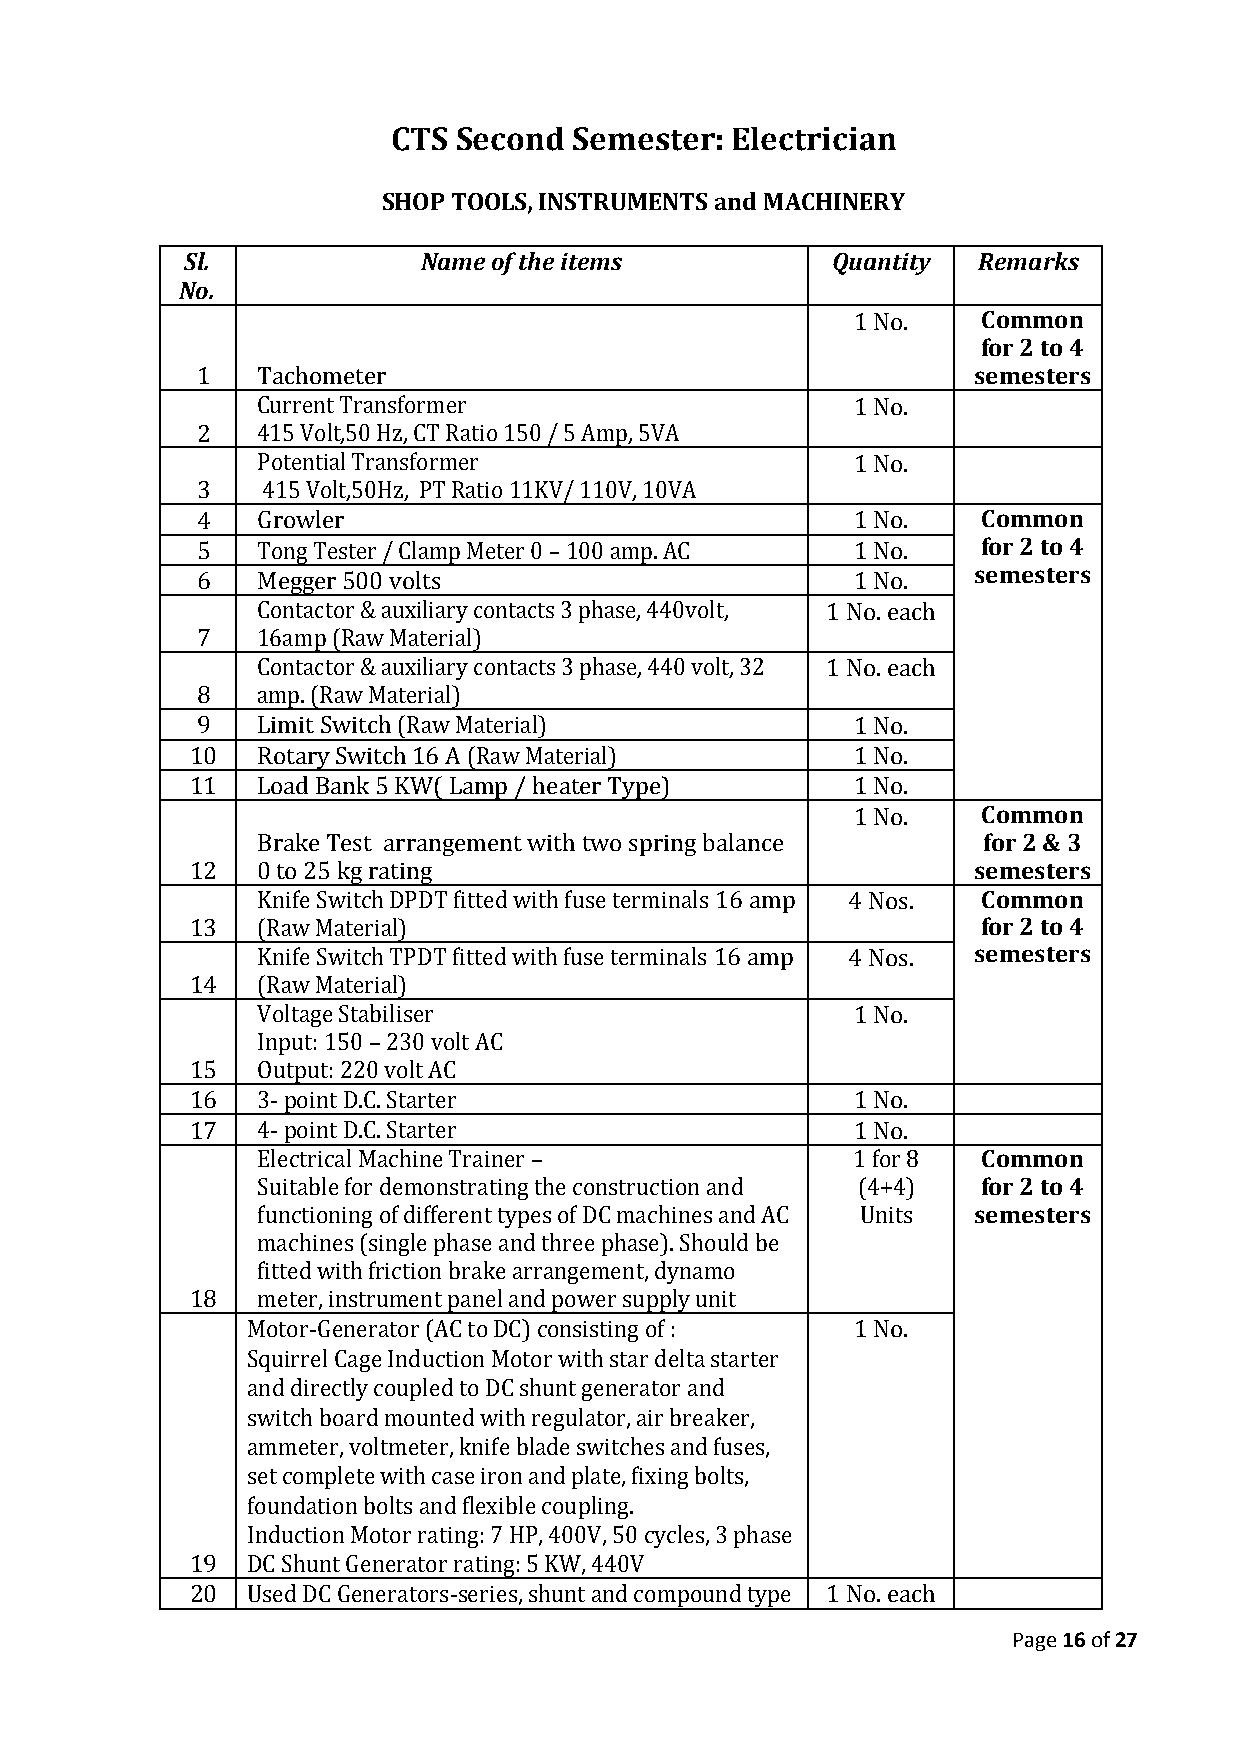
CTS Second  Semester: Electrician
 SHOP TOOLS, INSTRUMENTS and MACHINERY
 Sl.             Name of the items          Quantity  Remarks
 No.
 1 No.    Common
 for 2 to 4
 1   Tachometer                                     semesters
 Current Transformer                    1 No.
 2   415 Volt,50 Hz, CT Ratio 150 / 5 Amp, 5VA
 Potential Transformer                  1 No.
 3   415 Volt,50Hz, PT Ratio 11KV/ 110V, 10VA
 4   Growler                                1 No.    Common
 5   Tong Tester / Clamp Meter 0 – 100 amp. AC 1 No. for 2 to 4
 6   Megger 500 volts                       1 No.   semesters
 Contactor & auxiliary contacts 3 phase, 440volt, 1 No. each
 7   16amp (Raw Material)
 Contactor & auxiliary contacts 3 phase, 440 volt, 32 1 No. each
 8   amp. (Raw Material)
 9   Limit Switch (Raw Material)            1 No.
 10  Rotary Switch 16 A (Raw Material)      1 No.
 11  Load Bank 5 KW( Lamp / heater Type)    1 No.
 1 No.    Common
 Brake Test arrangement with two spring balance  for 2 & 3
 12  0 to 25 kg rating                              semesters
 Knife Switch DPDT fitted with fuse terminals 16 amp 4 Nos. Common
 13  (Raw Material)                                  for 2 to 4
 Knife Switch TPDT fitted with fuse terminals 16 amp 4 Nos. semesters
 14  (Raw Material)
 Voltage Stabiliser                     1 No.
 Input: 150 – 230 volt AC
 15  Output: 220 volt AC
 16  3- point D.C. Starter                  1 No.
 17  4- point D.C. Starter                  1 No.
 Electrical Machine Trainer –           1 for 8  Common
 Suitable for demonstrating the construction and (4+4) for 2 to 4
 functioning of different types of DC machines and AC Units semesters
 machines (single phase and three phase). Should be
 fitted with friction brake arrangement, dynamo
 18  meter, instrument panel and power supply unit
 Motor-Generator (AC to DC) consisting of : 1 No.
 Squirrel Cage Induction Motor with star delta starter
 and directly coupled to DC shunt generator and
 switch board mounted with regulator, air breaker,
 ammeter, voltmeter, knife blade switches and fuses,
 set complete with case iron and plate, fixing bolts,
 foundation bolts and flexible coupling.
 Induction Motor rating: 7 HP, 400V, 50 cycles, 3 phase
 19 DC Shunt Generator rating: 5 KW, 440V
 20 Used DC Generators-series, shunt and compound type 1 No. each
 Page 16 of 27